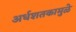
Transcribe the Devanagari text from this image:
अर्धशतकामुळे